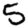
Digit: 5